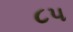
૮૫